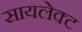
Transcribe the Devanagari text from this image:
सायलेक्ट